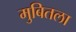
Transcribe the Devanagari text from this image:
मुबितला